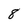
Character: 8